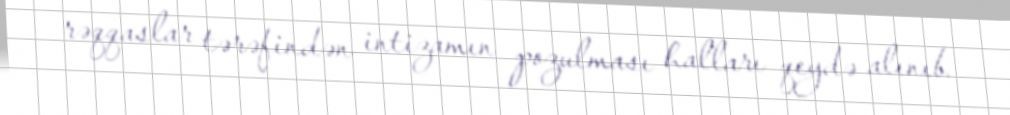
rəqqaslar tərəfindən intizamın pozulması halları qeydə alınıb.